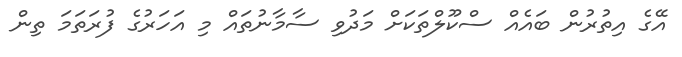
އޭގެ އިތުރުން ބައެއް ސްކޫލްތަކަށް މަދުވި ސާމާނުތައް މި އަހަރުގެ ފުރަތަމަ ތިން